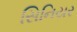
સિનિયર